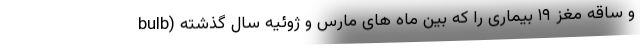
bulb) و ساقه مغز ۱۹ بیماری را که بین ماه های مارس و ژوئیه سال گذشته